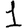
Digit: 1